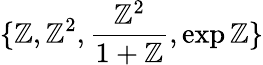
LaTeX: \{ \mathbb{Z},\mathbb{Z}^{2},\frac{{\mathbb{Z}^{2}}}{{1+\mathbb{Z}}},\exp{\mathbb{Z}}\}